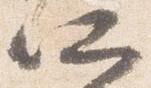
所